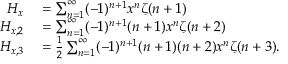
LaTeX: \begin{array} { r l } { H _ { x } } & { { } = \sum _ { n = 1 } ^ { \infty } ( - 1 ) ^ { n + 1 } x ^ { n } \zeta ( n + 1 ) } \\ { H _ { x , 2 } } & { { } = \sum _ { n = 1 } ^ { \infty } ( - 1 ) ^ { n + 1 } ( n + 1 ) x ^ { n } \zeta ( n + 2 ) } \\ { H _ { x , 3 } } & { { } = { \frac { 1 } { 2 } } \sum _ { n = 1 } ^ { \infty } ( - 1 ) ^ { n + 1 } ( n + 1 ) ( n + 2 ) x ^ { n } \zeta ( n + 3 ) . } \end{array}